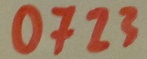
Text: 0723